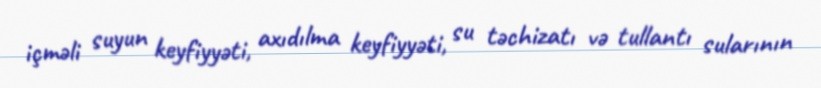
içməli suyun keyfiyyəti, axıdılma keyfiyyəti, su təchizatı və tullantı sularının